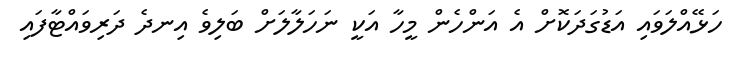
ހަޅޭއްލަވައި އަޑުގަދަކޮށް އެ އަންހެން މީހާ އަކީ ނަހަލާލަށް ބަލިވެ އިނދެ ދަރިވައްޓާފައި